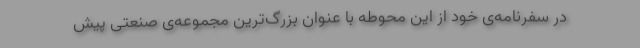
در سفرنامه‌ی خود از این محوطه با عنوان بزرگ‌ترین مجموعه‌ی صنعتی پیش